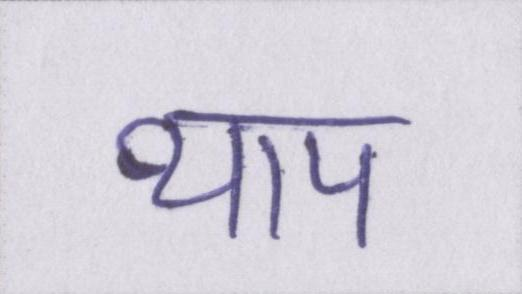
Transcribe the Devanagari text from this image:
थाप